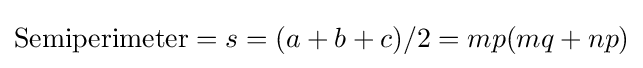
{\text{Semiperimeter}}=s=(a+b+c)/2=mp(mq+np)